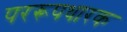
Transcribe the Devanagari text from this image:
पररूपधारक